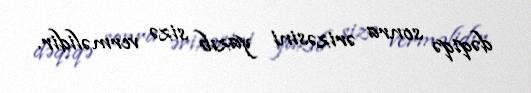
dəqiqə sonra ərizəsini yazıb sizə verməlidir.